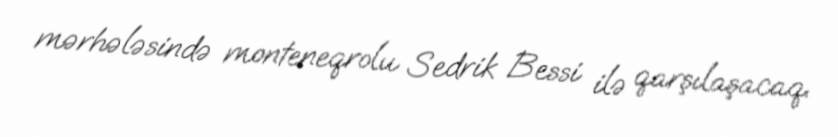
mərhələsində monteneqrolu Sedrik Bessi ilə qarşılaşacaq.